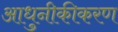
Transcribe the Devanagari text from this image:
आधुनीकीकरण